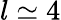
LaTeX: l\simeq 4